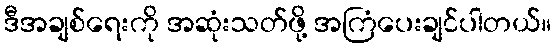
ဒီအချစ်ရေးကို အဆုံးသတ်ဖို့ အကြံပေးချင်ပါတယ်။